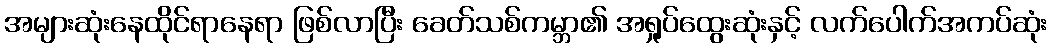
အများဆုံးနေထိုင်ရာနေရာ ဖြစ်လာပြီး ခေတ်သစ်ကမ္ဘာ၏ အရှုပ်ထွေးဆုံးနှင့် လက်ပေါက်အကပ်ဆုံး